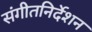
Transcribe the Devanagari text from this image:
संगीतनिर्देशन